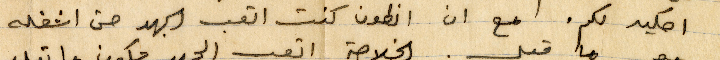
احكيه لكم. مع ان أنطون كنت اتعب الجهد حتى اشغله